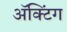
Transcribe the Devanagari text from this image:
अॅक्टिंग